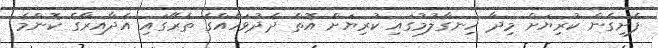
ފެށިގެން ކުރިޔަށް މިދާ ހިނގާލުމުގައި ކުރިޔަށް އޮތް ދެދުވަހެއްގެ ތެރޭގައި އެދާއިރާގެ ކޮންމެ